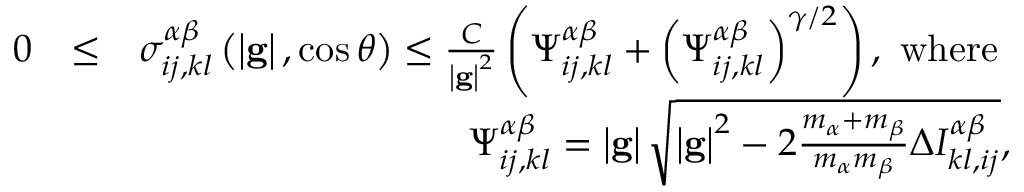
\begin{array} { r l r } { 0 } & { \leq } & { \sigma _ { i j , k l } ^ { \alpha \beta } \left( \left\vert \mathbf { g } \right\vert , \cos \theta \right) \leq \frac { C } { \left\vert \mathbf { g } \right\vert ^ { 2 } } \left( \Psi _ { i j , k l } ^ { \alpha \beta } + \left( \Psi _ { i j , k l } ^ { \alpha \beta } \right) ^ { \gamma / 2 } \right) \mathrm { , ~ w h e r e ~ } } \\ & { } & { \Psi _ { i j , k l } ^ { \alpha \beta } = \left\vert \mathbf { g } \right\vert \sqrt { \left\vert \mathbf { g } \right\vert ^ { 2 } - 2 \frac { m _ { \alpha } + m _ { \beta } } { m _ { \alpha } m _ { \beta } } \Delta I _ { k l , i j } ^ { \alpha \beta } } \mathrm { , } } \end{array}